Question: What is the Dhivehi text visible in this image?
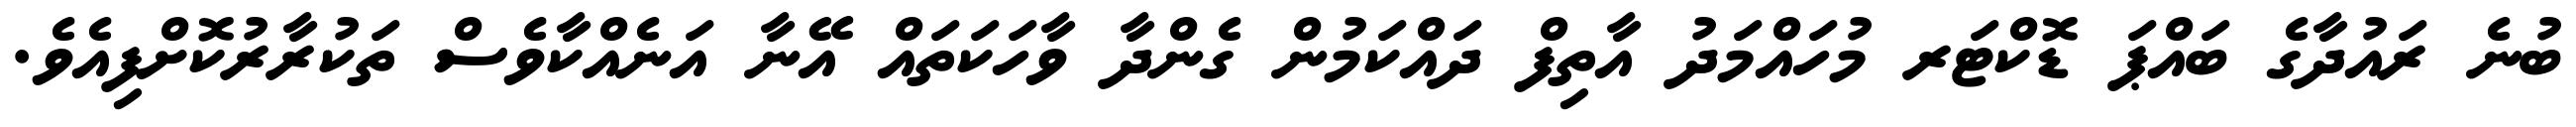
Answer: ބުނެ ރައުދާގެ ބައްޕަ ޑޮކްޓަރ މުހައްމަދު އާތިފް ދައްކަމުން ގެންދާ ވާހަކަތައް އޭނާ އަނެއްކާވެސް ތަކުރާރުކޮށްފިއެވެ.